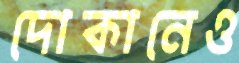
দোকানেও